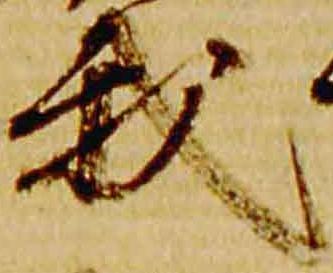
我